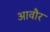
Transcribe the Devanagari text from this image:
आवौर